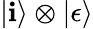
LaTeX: |\mathbf{i}\rangle\otimes|\epsilon\rangle